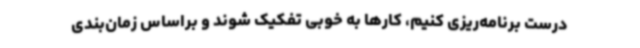
درست برنامه‌ریزی کنیم، کارها به خوبی تفکیک شوند و براساس زمان‌بندی